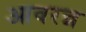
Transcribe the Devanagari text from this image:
आवरन्न